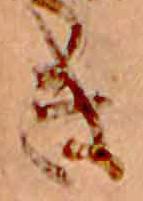
き